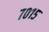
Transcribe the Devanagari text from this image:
७०१५